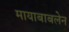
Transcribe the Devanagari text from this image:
मायाबाबलेन